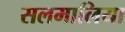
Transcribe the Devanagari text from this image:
सलमालिया